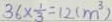
3 6 \times \frac { 1 } { 3 } = 1 2 ( m ^ { 3 } )